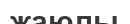
жаюлы